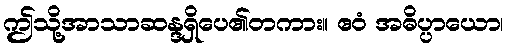
ဤသို့အာသာဆန္ဒရှိပေ၏တကား။ ဧဝံ အဓိပ္ပာယော၊